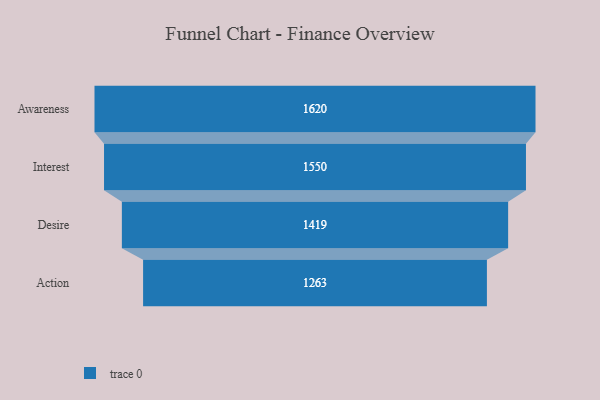
{"axis": {"x": "Stage", "y": "Value"}, "legend": [""], "data": [{"x": "Awareness", "y": 1620.0, "type": ""}, {"x": "Interest", "y": 1550.0, "type": ""}, {"x": "Desire", "y": 1419.0, "type": ""}, {"x": "Action", "y": 1263.0, "type": ""}]}